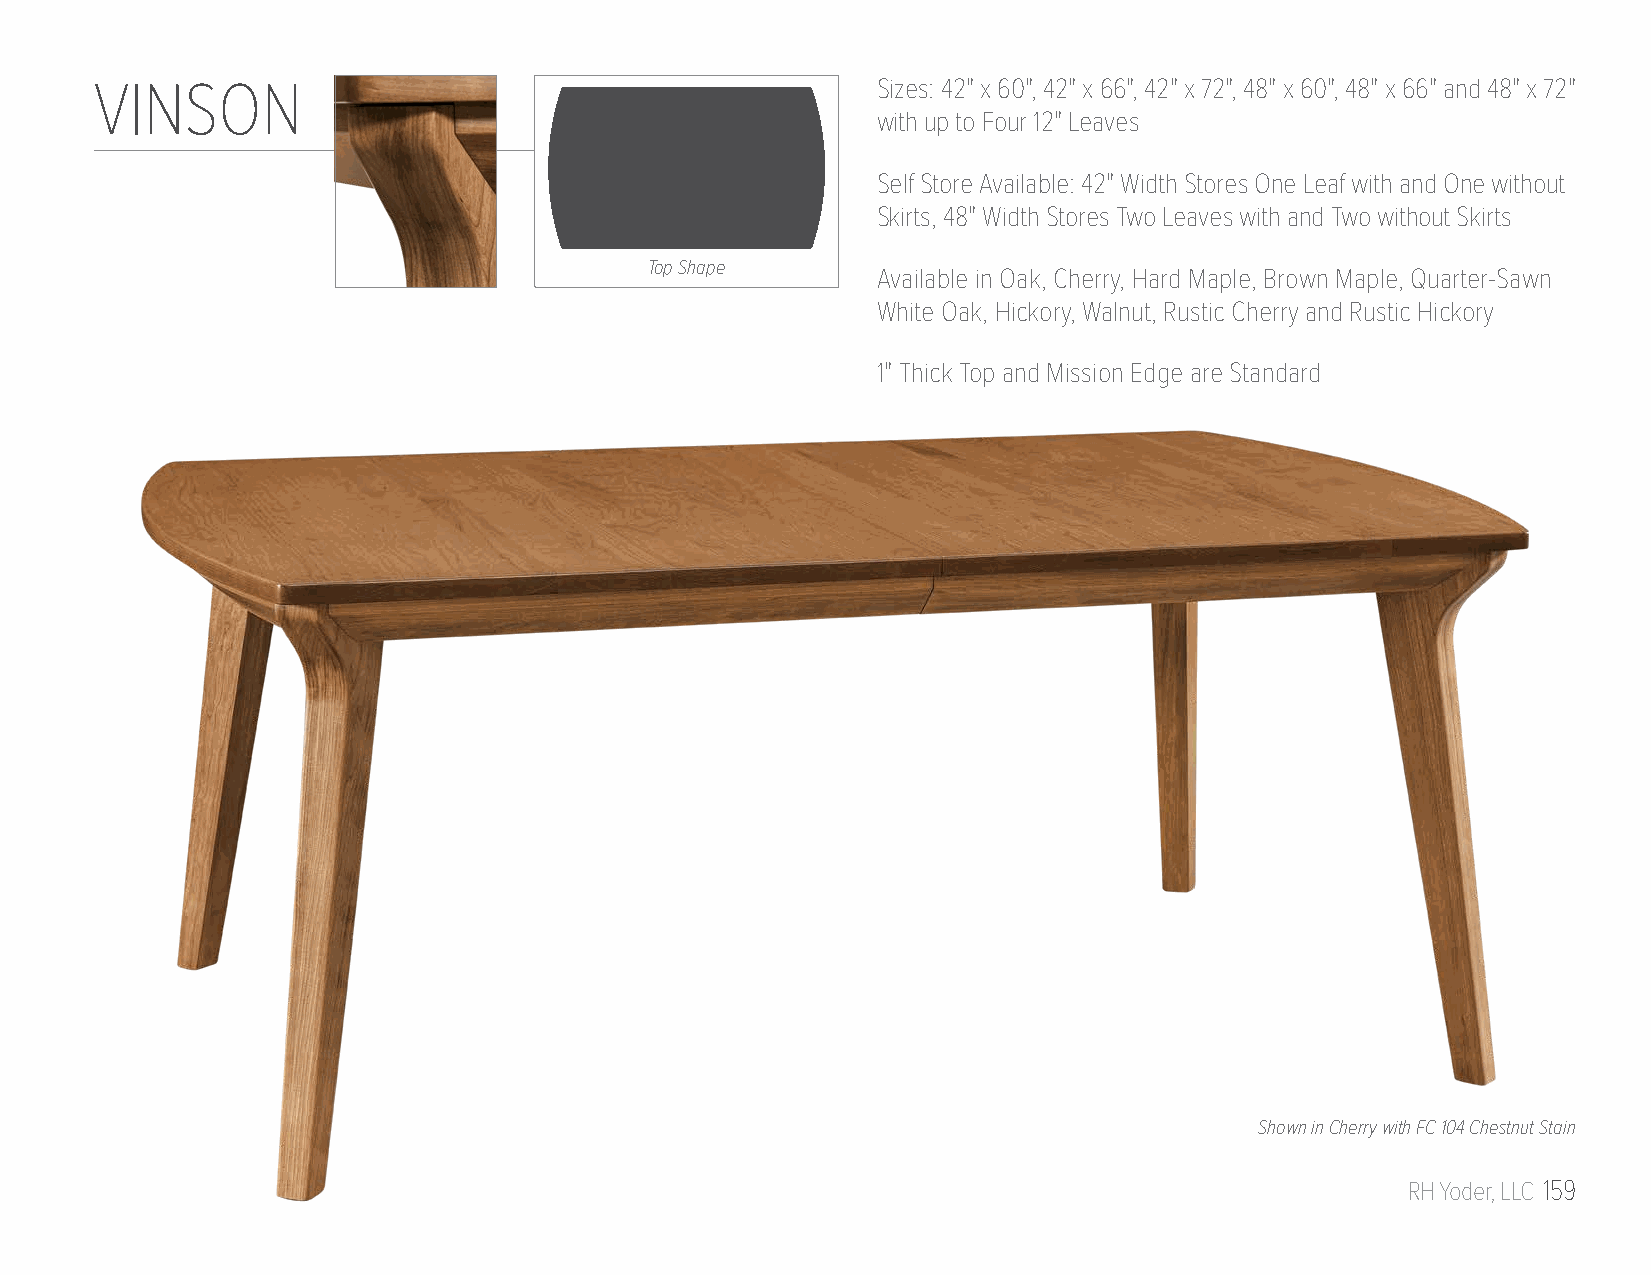
VINSON                                              Sizes: 42" x 60", 42" x 66", 42" x 72", 48" x 60", 48" x 66" and 48" x 72"
 with up to Four 12" Leaves
 Self Store Available: 42" Width Stores One Leaf with and One without
 Skirts, 48" Width Stores Two Leaves with and Two without Skirts
 Top Shape
 Available in Oak, Cherry, Hard Maple, Brown Maple, Quarter-Sawn
 White Oak, Hickory, Walnut, Rustic Cherry and Rustic Hickory
 1" Thick Top and Mission Edge are Standard
 Shown in Cherry with FC 104 Chestnut Stain
 RH Yoder, LLC 159